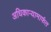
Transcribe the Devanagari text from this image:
अधिकार्‍यामार्फत